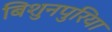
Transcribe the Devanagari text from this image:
बिशुनपुरिया